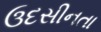
ઉદસીનતા